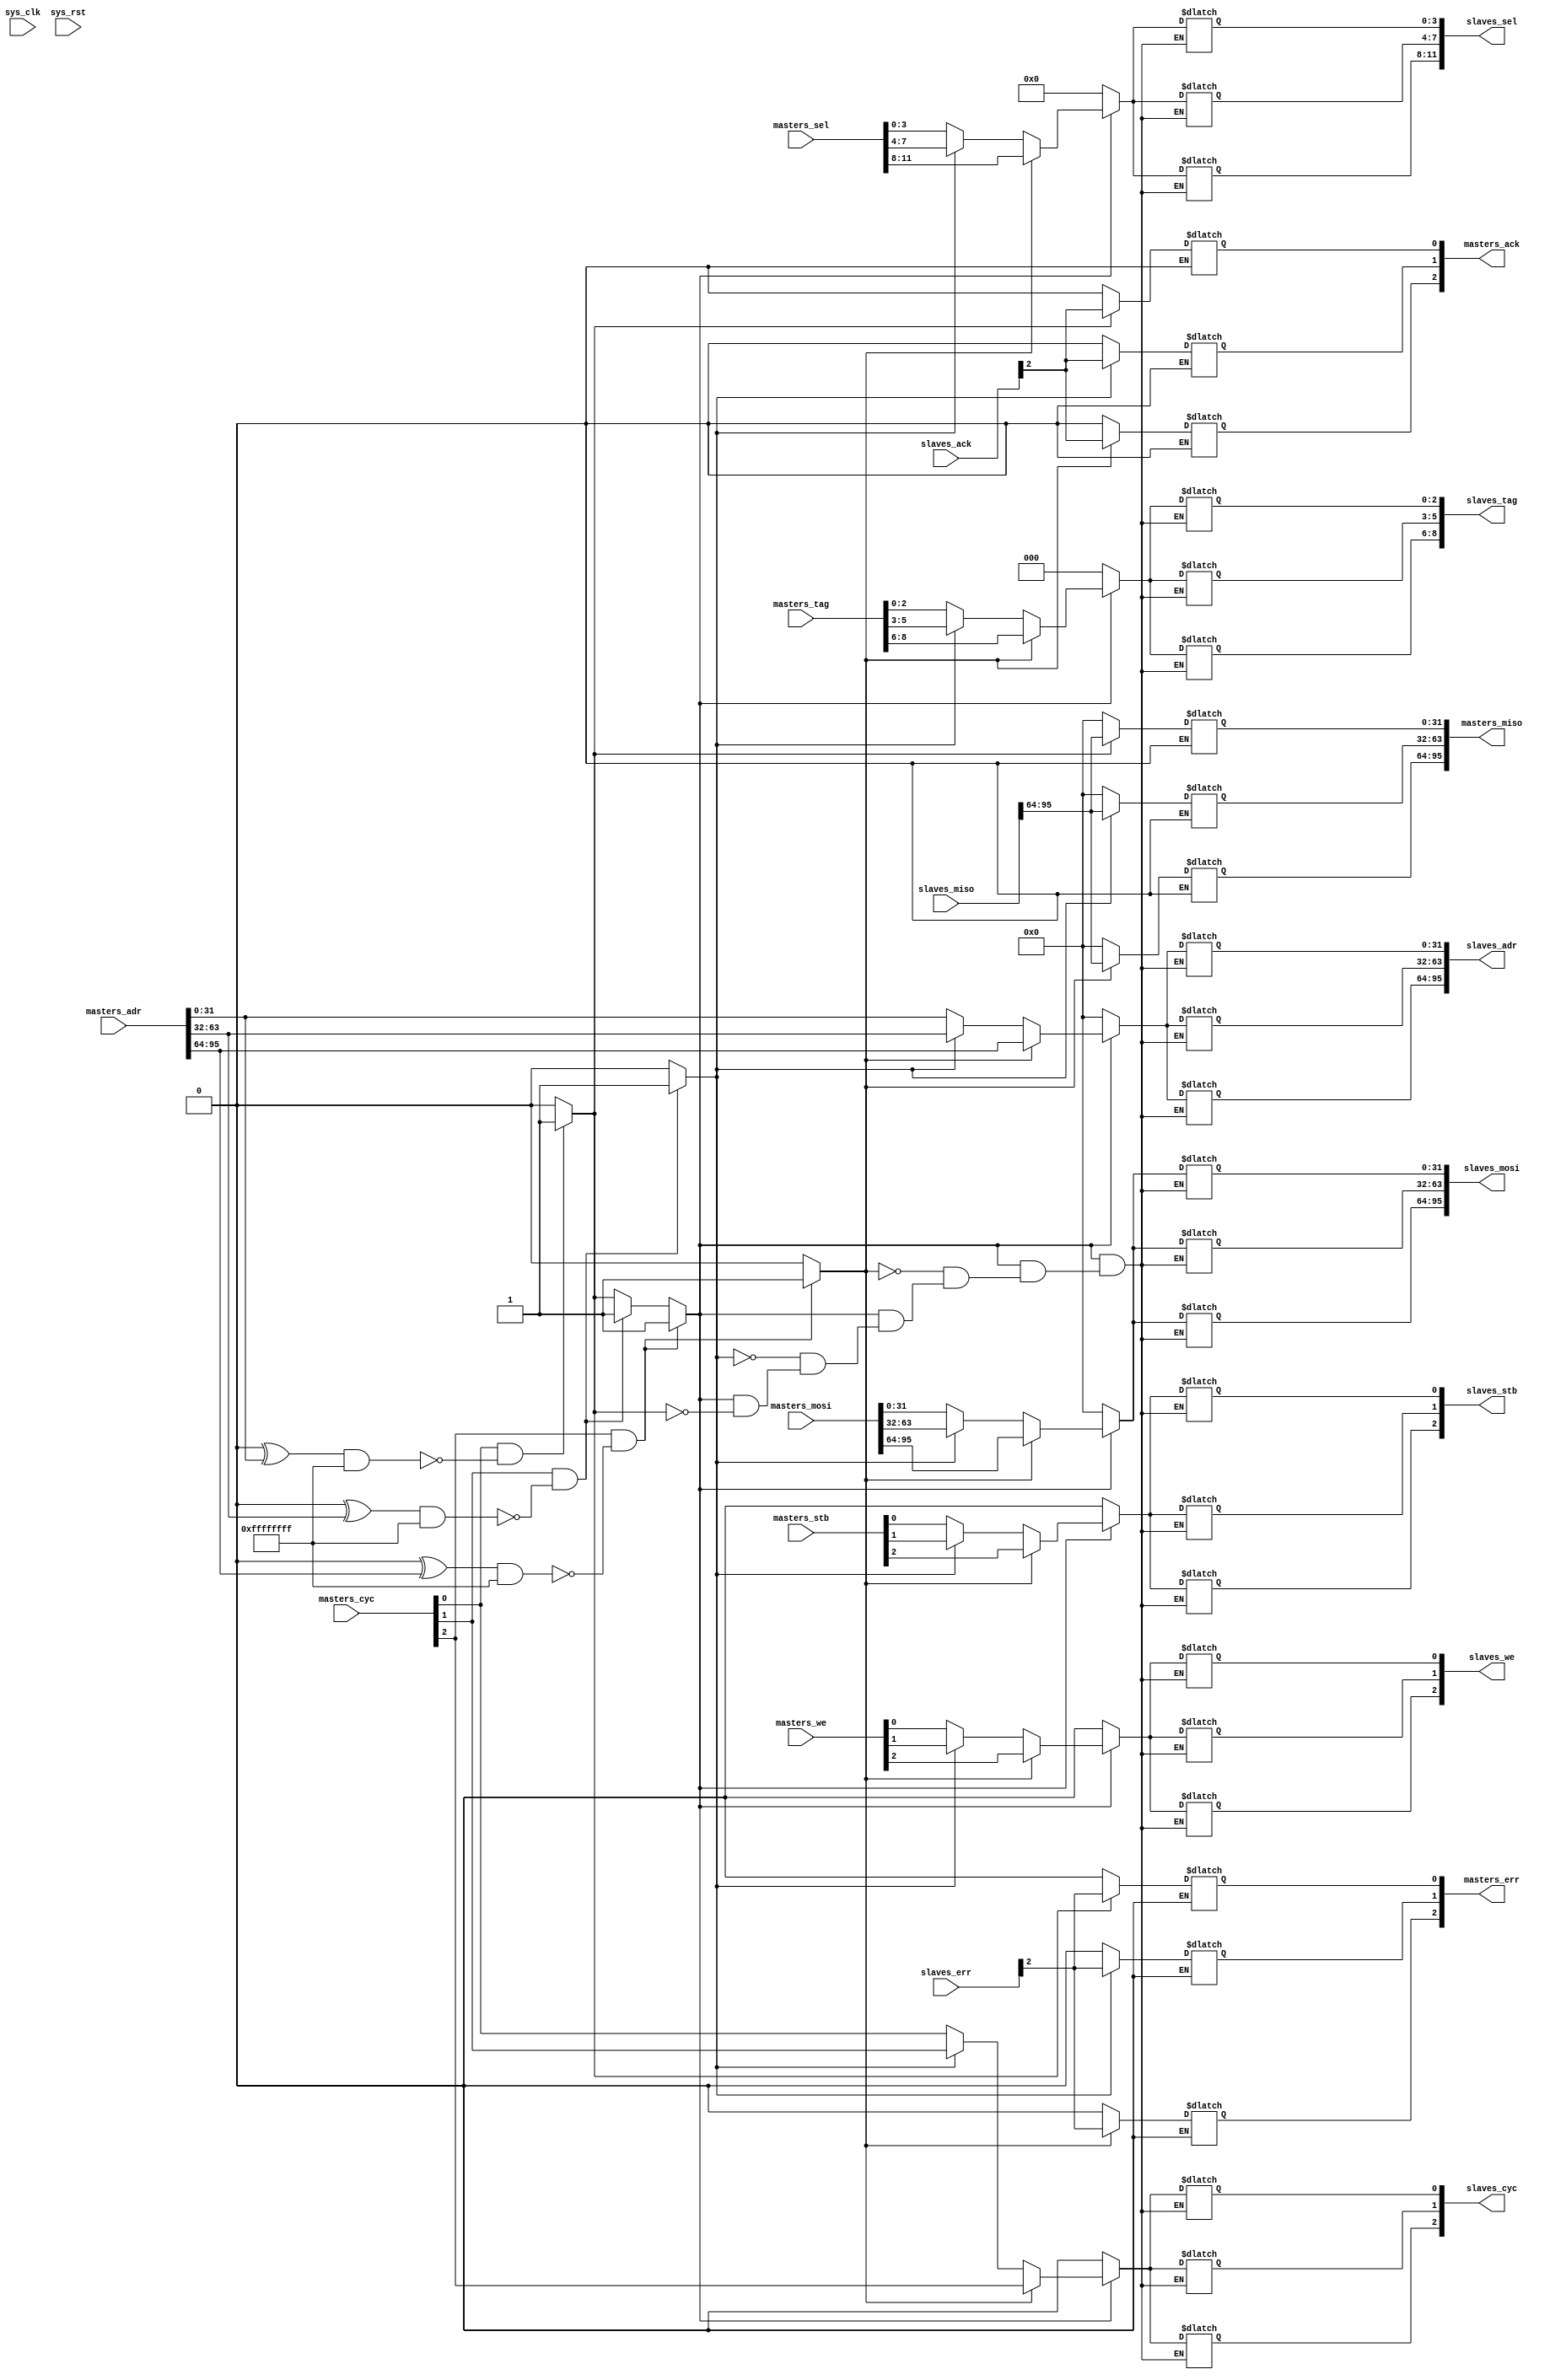
module wishbone_crossbar #(
    // number of masters
    parameter NM = 3,
    // number of slaves
    parameter NS = 3,
    // data width
    parameter DW = 32,
    // address width
    parameter AW = 32,
    // tag width
    parameter TW = 3,
    // sel width
    parameter SW = DW / 8,
    // start address of slaves
    parameter [NS*AW-1:0] SA = 0,
    // address masks of slaves (masks out offset bits)
    parameter [NS*AW-1:0] SM = 0
) (
    input wire sys_clk,
    input wire sys_rst,

    input wire [NM-1:0] masters_cyc,
    input wire [NM-1:0] masters_stb,
    input wire [NM-1:0] masters_we,
    input wire [NM*TW-1:0] masters_tag,
    input wire [NM*SW-1:0] masters_sel,
    input wire [NM*AW-1:0] masters_adr,
    input wire [NM*DW-1:0] masters_mosi,
    output reg [NM*DW-1:0] masters_miso,
    output reg [NM-1:0] masters_ack,
    output reg [NM-1:0] masters_err,

    output reg [NS-1:0] slaves_cyc,
    output reg [NS-1:0] slaves_stb,
    output reg [NS-1:0] slaves_we,
    output reg [NS*TW-1:0] slaves_tag,
    output reg [NS*SW-1:0] slaves_sel,
    output reg [NS*AW-1:0] slaves_adr,
    output reg [NS*DW-1:0] slaves_mosi,
    input wire [NS*DW-1:0] slaves_miso,
    input wire [NS-1:0] slaves_ack,
    input wire [NS-1:0] slaves_err
);

    integer m, s; // used in for loops

    reg [NM-1:0] master_connected;
    reg [NS-1:0] slave_connected;

    reg [NM*NS-1:0] grant; // access with index = m*NS+s

    // Grant Logic
    //
    always @(*) begin
        master_connected = 0;
        slave_connected = 0;
        for (m = 0; m < NM; m++) begin
            for (s = 0; s < NS; s++) begin
                if (masters_cyc[m] & ((SA[s*AW+:AW] ^ masters_adr[m*AW+:AW]) & ~SM[s*AW+:AW]) == 0) begin
                    grant[m*NS+s] = 1;
                    master_connected[m] = master_connected[m] | 1'b1;
                    slave_connected[s] = slave_connected[s] | 1'b1;
                end else begin
                    grant[m*NS+s] = 0;
                end
            end
        end
    end
    
    // Connection Logic
    //
    always @(*) begin
        for (m = 0; m < NM; m++) begin
            if (master_connected[m]) begin
                // connect master inputs to granted slave
                for (s = 0; s < NS; s++) begin
                    if (grant[m*NS+s]) begin
                        masters_miso[m*DW+:DW] = slaves_miso[s*DW+:DW];
                        masters_ack[m] = slaves_ack[s];
                        masters_err[m] = slaves_err[s];
                    end
                end
            end else begin
                // zero master inputs when not connected
                masters_miso[m*DW +: DW] = 0;
                masters_ack[m] = 0;
                masters_err[m] = 0;
            end
        end

        for (s = 0; s < NS; s++) begin
            if (slave_connected[s]) begin
                // connect slave inputs to master it is granted to
                for (m = 0; m < NM; m++) begin
                    if (grant[m*NS+s]) begin
                        slaves_cyc[s] = masters_cyc[m];
                        slaves_stb[s] = masters_stb[m];
                        slaves_we[s] = masters_we[m];
                        slaves_tag[s*TW+:TW] = masters_tag[m*TW+:TW];
                        slaves_sel[s*SW+:SW] = masters_sel[m*SW+:SW];
                        slaves_adr[s*AW+:AW] = masters_adr[m*AW+:AW];
                        slaves_mosi[s*DW+:DW] = masters_mosi[m*DW+:DW];
                    end
                end
            end else begin
                // zero slave inputs when not connected
                slaves_cyc[s] = 0;
                slaves_stb[s] = 0;
                slaves_we[s] = 0;
                slaves_tag[s*TW+:TW] = 0;
                slaves_sel[s*SW+:SW] = 0;
                slaves_adr[s*AW+:AW] = 0;
                slaves_mosi[s*DW+:DW] = 0;
            end
        end
    end

endmodule